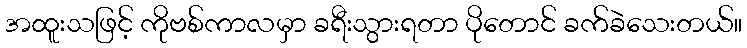
အထူးသဖြင့် ကိုဗစ်ကာလမှာ ခရီးသွားရတာ ပိုတောင် ခက်ခဲသေးတယ်။